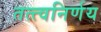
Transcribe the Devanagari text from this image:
तत्त्वनिर्णय